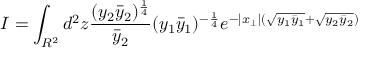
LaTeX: I = \int _ { R ^ { 2 } } d ^ { 2 } z \frac { ( y _ { 2 } \bar { y } _ { 2 } ) ^ { \frac { 1 } { 4 } } } { \bar { y } _ { 2 } } ( y _ { 1 } \bar { y } _ { 1 } ) ^ { - \frac { 1 } { 4 } } e ^ { - | x _ { \perp } | ( \sqrt { y _ { 1 } \bar { y } _ { 1 } } + \sqrt { y _ { 2 } \bar { y } _ { 2 } } ) }